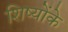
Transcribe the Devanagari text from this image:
शिष्योंके